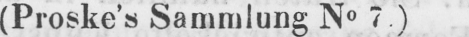
(Proske’s Sammlung N° 7.)